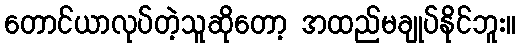
တောင်ယာလုပ်တဲ့သူဆိုတော့ အထည်မချုပ်နိုင်ဘူး။